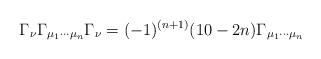
LaTeX: \begin{align*}\Gamma_{\nu} \Gamma_{\mu_1 \cdots\mu_n} \Gamma_{\nu} = (-1)^{(n+1)} (10 - 2n) \Gamma_{\mu_1 \cdots\mu_n}\end{align*}